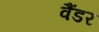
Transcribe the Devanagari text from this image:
वैंडर